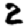
Digit: 2